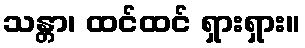
သန္တာ၊ ထင်ထင် ရှားရှား။